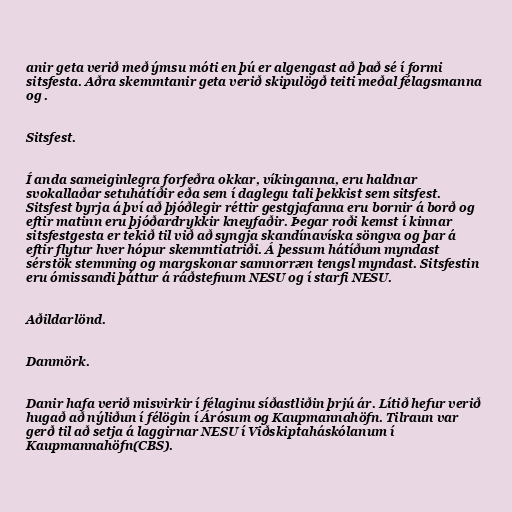
anir geta verið með ýmsu móti en þú er algengast að það sé í formi
sitsfesta. Aðra skemmtanir geta verið skipulögð teiti meðal félagsmanna
og .

Sitsfest.

Í anda sameiginlegra forfeðra okkar, víkinganna, eru haldnar
svokallaðar setuhátíðir eða sem í daglegu tali þekkist sem sitsfest.
Sitsfest byrja á því að þjóðlegir réttir gestgjafanna eru bornir á borð og
eftir matinn eru þjóðardrykkir kneyfaðir. Þegar roði kemst í kinnar
sitsfestgesta er tekið til við að syngja skandínavíska söngva og þar á
eftir flytur hver hópur skemmtiatriði. Á þessum hátíðum myndast
sérstök stemming og margskonar samnorræn tengsl myndast. Sitsfestin
eru ómissandi þáttur á ráðstefnum NESU og í starfi NESU.

Aðildarlönd.

Danmörk.

Danir hafa verið misvirkir í félaginu síðastliðin þrjú ár. Lítið hefur verið
hugað að nýliðun í félögin í Árósum og Kaupmannahöfn. Tilraun var
gerð til að setja á laggirnar NESU í Viðskiptaháskólanum í
Kaupmannahöfn(CBS).